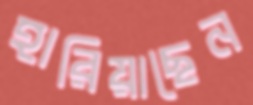
হারিয়াছেন